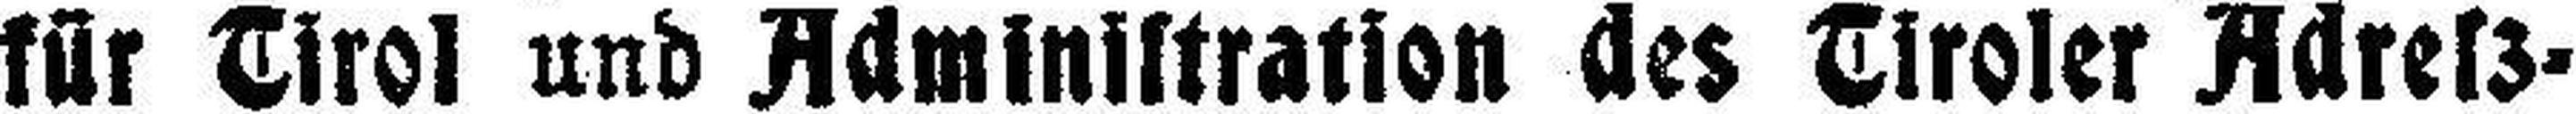
für Tirol und Administration des Tiroler Adrel3-